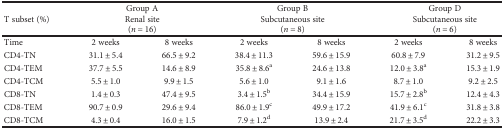
<table><thead><tr><td><b>T subset (%)</b></td><td colspan="2"><b>Group ARenal site(<i>n</i> = 16)</b></td><td colspan="2"><b>Group BSubcutaneous site(<i>n</i> = 8)</b></td><td colspan="2"><b>Group DSubcutaneous site(<i>n</i> = 6)</b></td></tr></thead><tbody><tr><td>Time</td><td>2 weeks</td><td>8 weeks</td><td>2 weeks</td><td>8 weeks</td><td>2 weeks</td><td>8 weeks</td></tr><tr><td>CD4-TN</td><td>31.1 ± 5.4</td><td>66.5 ± 9.2</td><td>38.4 ± 11.3</td><td>59.6 ± 15.9</td><td>60.8 ± 7.9</td><td>31.2 ± 9.5</td></tr><tr><td>CD4-TEM</td><td>37.7 ± 5.5</td><td>14.6 ± 8.9</td><td>35.8 ± 8.6<sup>a</sup></td><td>24.6 ± 13.8</td><td>12.0 ± 3.8<sup>a</sup></td><td>15.3 ± 1.9</td></tr><tr><td>CD4-TCM</td><td>5.5 ± 1.0</td><td>9.9 ± 1.5</td><td>5.6 ± 1.0</td><td>9.1 ± 1.6</td><td>8.7 ± 1.0</td><td>9.2 ± 2.5</td></tr><tr><td>CD8-TN</td><td>1.4 ± 0.3</td><td>47.4 ± 9.5</td><td>3.4 ± 1.5<sup>b</sup></td><td>34.4 ± 15.9</td><td>15.7 ± 2.8<sup>b</sup></td><td>12.4 ± 4.3</td></tr><tr><td>CD8-TEM</td><td>90.7 ± 0.9</td><td>29.6 ± 9.4</td><td>86.0 ± 1.9<sup>c</sup></td><td>49.9 ± 17.2</td><td>41.9 ± 6.1<sup>c</sup></td><td>31.8 ± 3.8</td></tr><tr><td>CD8-TCM</td><td>4.3 ± 0.4</td><td>16.0 ± 1.5</td><td>7.9 ± 1.2<sup>d</sup></td><td>13.9 ± 2.4</td><td>21.7 ± 3.5<sup>d</sup></td><td>22.2 ± 3.3</td></tr></tbody></table>